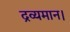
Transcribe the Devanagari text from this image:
द्रव्यमान।